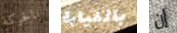
بالحركة بالنيابة إن